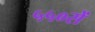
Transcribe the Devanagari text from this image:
५५०सें